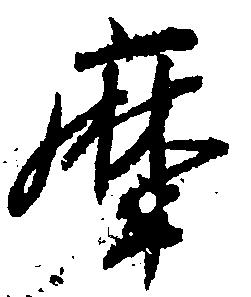
摩